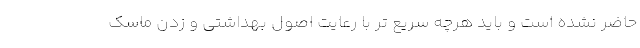
حاضر نشده است و باید هرچه سریع تر با رعایت اصول بهداشتی و زدن ماسک